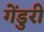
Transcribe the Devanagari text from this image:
गेंडुरी